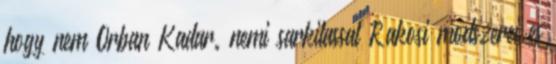
hogy nem Orban Kadar. nemi sarkitassal Rakosi modszerei es